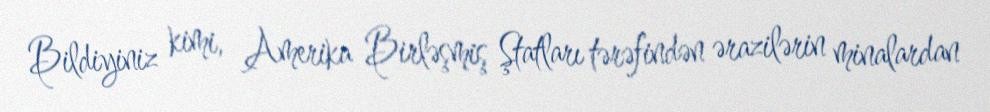
Bildiyiniz kimi, Amerika Birləşmiş Ştatları tərəfindən ərazilərin minalardan